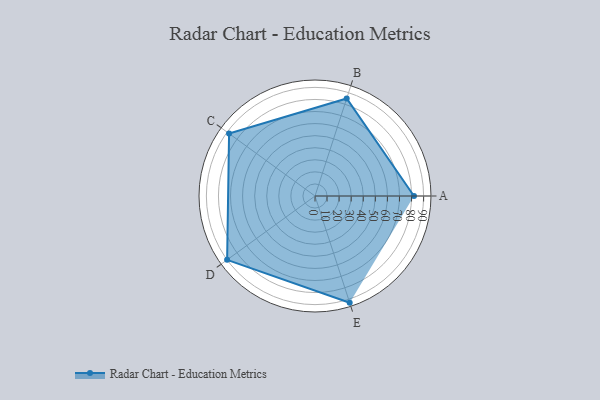
{"axis": {"x": "Skill", "y": "Score"}, "legend": ["Profile"], "data": [{"x": "A", "y": 82.0, "type": "Profile"}, {"x": "B", "y": 85.0, "type": "Profile"}, {"x": "C", "y": 88.0, "type": "Profile"}, {"x": "D", "y": 90.0, "type": "Profile"}, {"x": "E", "y": 93.0, "type": "Profile"}]}